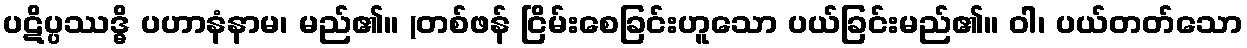
ပဋိပ္ပဿဒ္ဓိ ပဟာနံနာမ၊ မည်၏။ (တစ်ဖန် ငြိမ်းစေခြင်းဟူသော ပယ်ခြင်းမည်၏။ ဝါ၊ ပယ်တတ်သော